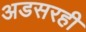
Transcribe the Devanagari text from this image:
अडसरही